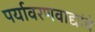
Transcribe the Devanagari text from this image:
पर्यावरणवाद्यांचे